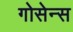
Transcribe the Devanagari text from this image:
गोसेन्स